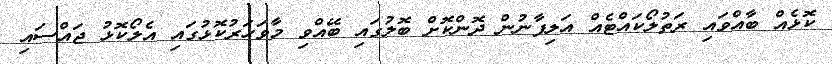
ކޮޅެއް ބާއްވައި ރަތުލޯކައްޓެއް އަލިފާނުން ދޮންކޮށް ބޮލުގައި ބޭއްވި މާވަހަރުކޮޅުގައި އެލޯކޮޅު ޖައްސައި